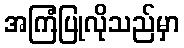
အကြံပြုလိုသည်မှာ